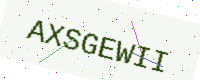
Text: AXSGEWII